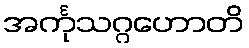
အင်္ကုသဂ္ဂဟောတိ